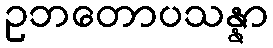
ဥဘတောပသန္နာ